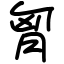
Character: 胷